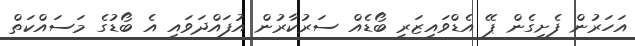
އަހަރުން ފެށިގެން ޕޭ އެޑްވައިޒަރީ ބޯޑެއް ސަރުކާރުން އުފައްދަވައި އެ ބޯޑުގެ މަސައްކަތް